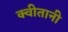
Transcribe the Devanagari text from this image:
क्वीतानी